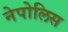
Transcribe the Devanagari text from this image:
नेपोलिस